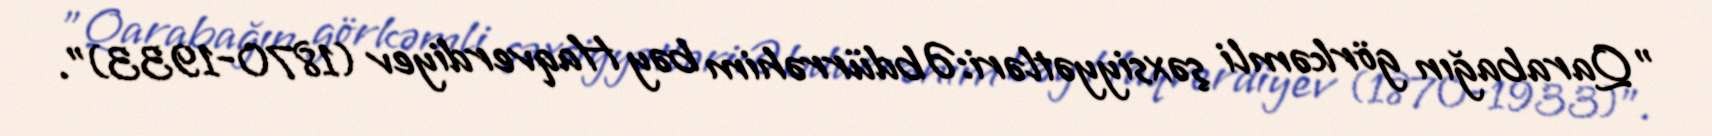
"Qarabağın görkəmli şəxsiyyətləri:Əbdürrəhim bəy Haqverdiyev (1870-1933)".